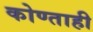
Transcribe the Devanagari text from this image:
कोण्ताही